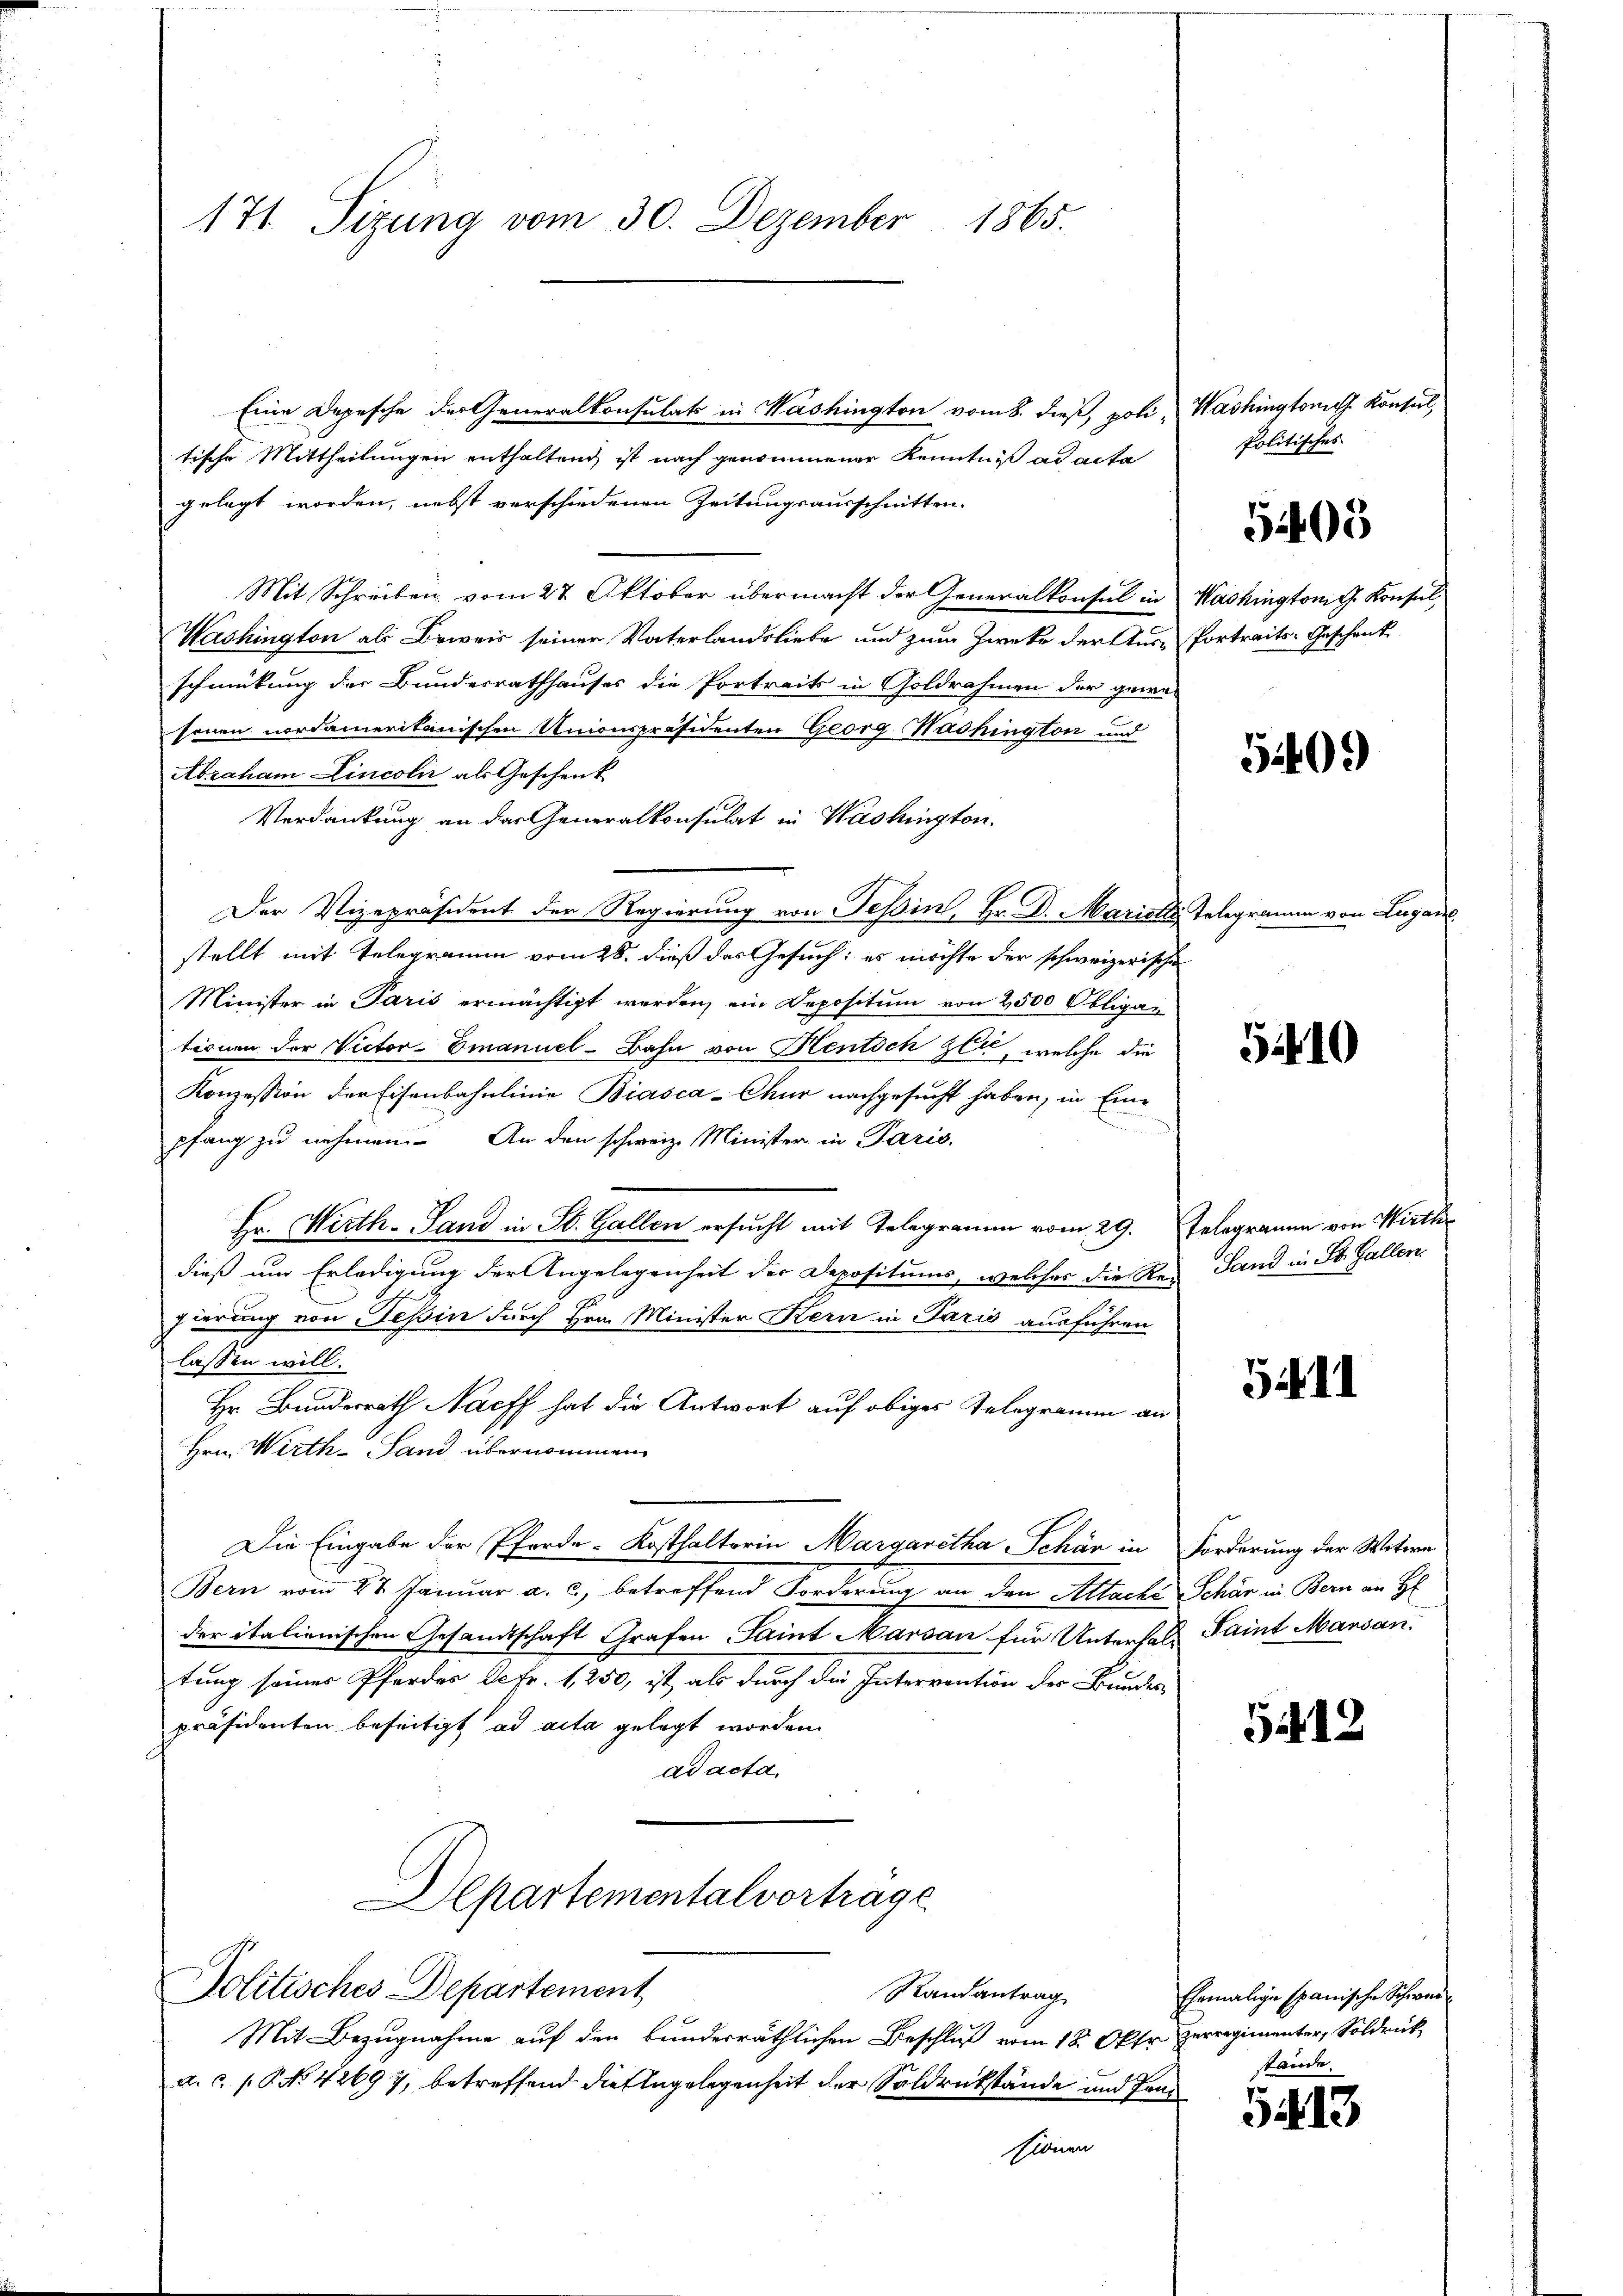
171 Sizung vom 30. Dezember 1865.

tische Mittheilungen enthaltend ist nach genommener Kenntniß ad acta
gelegt worden, nebst verschiedenen Zeitungsausschnitten.
Mit Schreiben, vom 27. Oktober übermacht der Generalkonsul in Washington G. Konsul
Washington als Beweis seiner Vaterlandsliebe und zum Zwecke der Aus-Vortreits-Geschenk
schmückung der Bundesrathhauses die Portreits in Goldrahmen der gewesenen nordameritanischen Unionspräsidenten Georg Washington und
Abraham Lincoli als Geschenk
Verdankung an das Generalkonsulat in Washington.
Der Vizepräsident der Regierung von Tessin, Hr. D. Mariats Telegramm von Lugan
stellt mit Telegramm vom 28. dieß des Gesuch: es möchte der schweizerische
Minister in Paris ermächtigt werden, ein Depositum von 2500 Obligaz
tionen der Victor-Emanuel-Bahn von Hentsch zu, welche die
Konzession der Eisenbahnlinie Biasca-Chur nachgesucht haben, in Eine
n
pfang zu nehmen. An den schweiz. Minister in Paris.
Hr. Wirth. Land in St. Gallen ersucht mit Telegramm vom 29. Telegramm von Wirthdieß um Erledigung der Angelegenheit der Depositums, welches die Reiz Sand in St. Gallen
gierung von Tessin durch Hrn. Minister Kern in Paris ausführen
lassen will.
Hr. Bundesrath Nacff hat die Antwort auf obiges Telegramm an
Hrn. Wirth-Land übernommen.
Die Eingabe der Pferde-Kosthalterin Margaretha Schär in Forderung der Witwe
Bern vom 27. Januar a. c., betreffend Forderung an den Attaché Schär in Bern an H
der italienischen Gesandtschaft Grafen Saint Marsau für Unterhalz Saint Mansan
tung seiner Pferder Afr. 1250, ist, als durch die Intervention der Bundes-
präsidenten beseitigt ad acta gelegt worden.
ad acta,
Departementalvertrage
Politisches Departement
Randantrag
Mit Bezugnahme auf den bunderräthlichen Beschluß vom 18. Oktr zerregimenter, Soldrück
a. c. P. No. 42697, betreffend die Angelegenheit der Soldrückstände und Pan¬

Eine Depesche der Generalkonsulat in Washington vom 8. dieß, poli, Washington Konsul

tionen

Politisches

5405

5409)

51410

5411

5412

Ehemalige spanische Schwerstände.

5413